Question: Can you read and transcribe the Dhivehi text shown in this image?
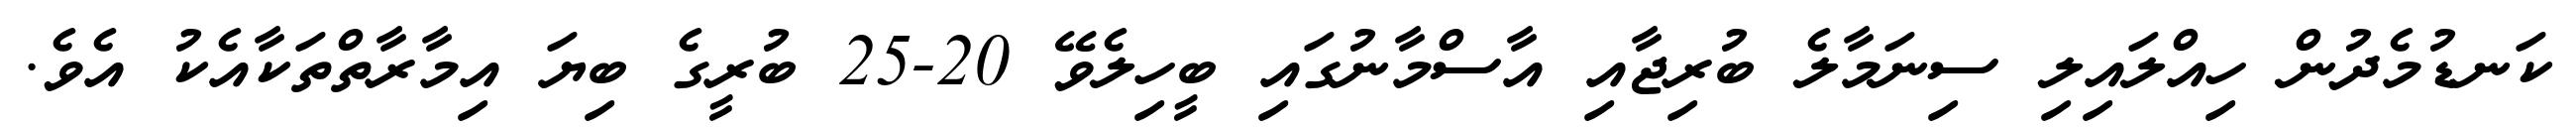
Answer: ކަނޑުމެދުން ހިއްލައިލި ސިނަމާލެ ބުރިޖާއި އާސްމާނުގައި ބީހިލެވޭ 20-25 ބުރީގެ ބިޔަ އިމާރާތްތަކާއެކު އެވެ.